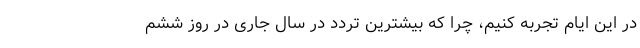
در این ایام تجربه کنیم، چرا که بیشترین تردد در سال جاری در روز ششم